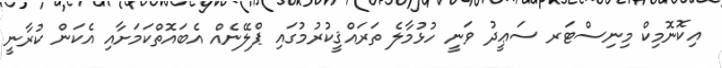
އިކޮނޮމިކް މިނިސްޓަރ ސަޢީދު ވަނީ ހުޅުމާލެ ތަރައްޤީކުރުމުގައި ޕްލޭނެއް އެބައޮތްކަމަށާއި އެކަން ކުރާނީ